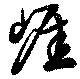
崕